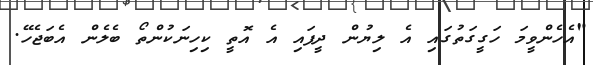
"އެހެންވީމަ ހަގީގަތުގައި އެ ލިޔުން ދީފައި އެ އޮތީ ކިހިނަކުންތޯ ބެލެން އެބަޖެހޭ.